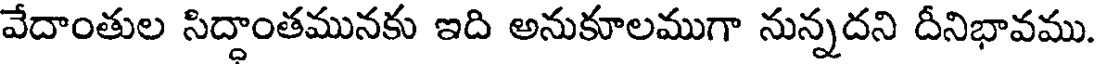
వేదాంతుల సిద్దాంతమునకు ఇది అనుకూలముగా నున్నదని దీనిభావము.